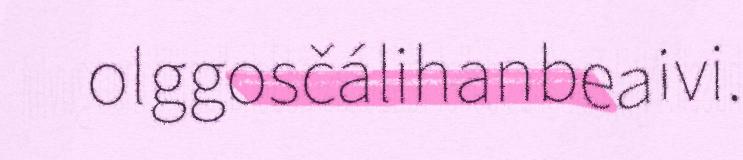
olggosčálihanbeaivi.